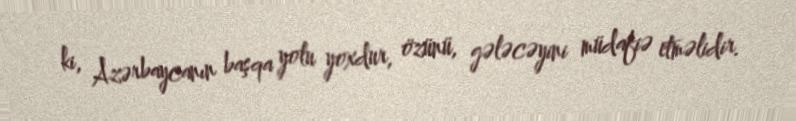
ki, Azərbaycanın başqa yolu yoxdur, özünü, gələcəyini müdafiə etməlidir.